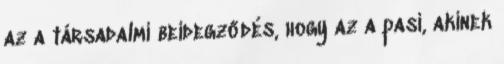
az a társadalmi beidegződés, hogy az a pasi, akinek